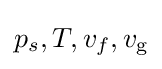
p_{s},T,v_{f},v_{\text{g}}